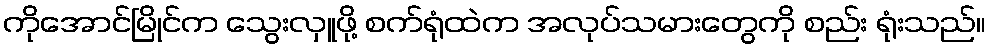
ကိုအောင်မြိုင်က သွေးလှူဖို့ စက်ရုံထဲက အလုပ်သမားတွေကို စည်း ရုံးသည်။